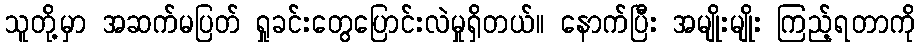
သူတို့မှာ အဆက်မပြတ် ရှုခင်းတွေပြောင်းလဲမှုရှိတယ်။ နောက်ပြီး အမျိုးမျိုး ကြည့်ရတာကို